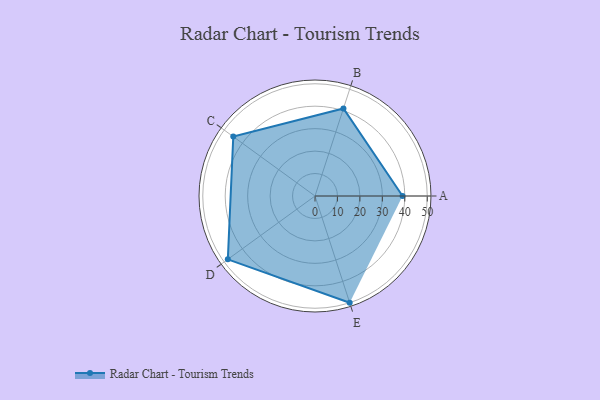
{"axis": {"x": "Skill", "y": "Score"}, "legend": ["Profile"], "data": [{"x": "A", "y": 39.0, "type": "Profile"}, {"x": "B", "y": 41.0, "type": "Profile"}, {"x": "C", "y": 45.0, "type": "Profile"}, {"x": "D", "y": 48.0, "type": "Profile"}, {"x": "E", "y": 50.0, "type": "Profile"}]}